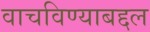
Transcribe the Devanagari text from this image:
वाचविण्याबद्दल